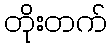
တိုးတက်